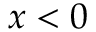
x < 0